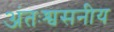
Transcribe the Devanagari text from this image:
अंतःश्वसनीय